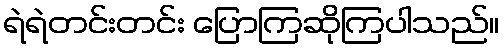
ရဲရဲတင်းတင်း ပြောကြဆိုကြပါသည်။